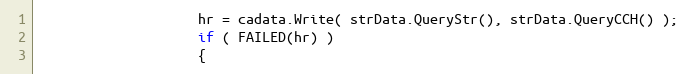
Language: C++
                    hr = cadata.Write( strData.QueryStr(), strData.QueryCCH() );
                    if ( FAILED(hr) )
                    {